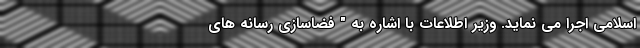
اسلامی اجرا می نماید. وزیر اطلاعات با اشاره به " فضاسازی رسانه های